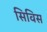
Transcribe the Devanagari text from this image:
सिविस